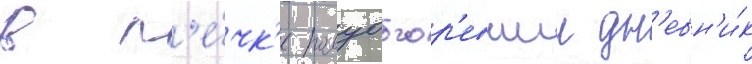
в п'е́чк'е полуобгор'евшии дн'евн'и́к